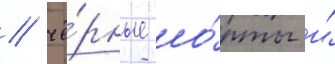
/ чё́рные шо́рты и́